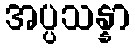
အပ္ပသန္နာ